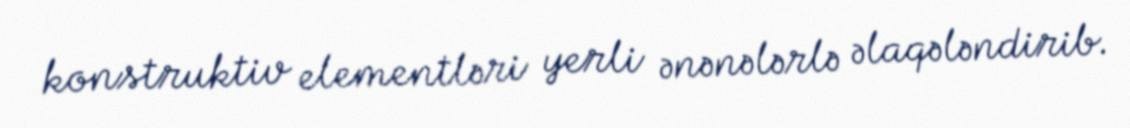
konstruktiv elementləri yerli ənənələrlə əlaqələndirib.